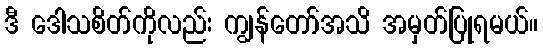
ဒီ ဒေါသစိတ်ကိုလည်း ကျွန်တော်အသိ အမှတ်ပြုရမယ်။